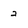
Character: 2